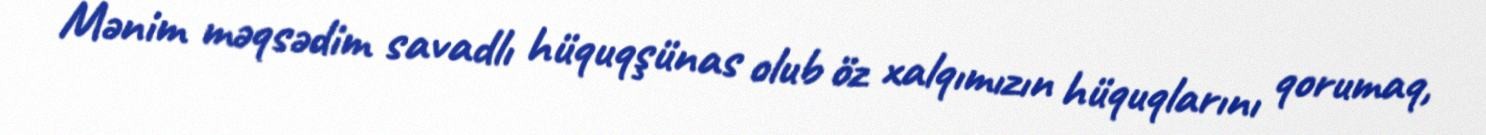
Mənim məqsədim savadlı hüquqşünas olub öz xalqımızın hüquqlarını qorumaq,